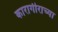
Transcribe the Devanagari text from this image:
कारागीराच्या